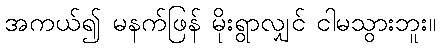
အကယ်၍ မနက်ဖြန် မိုးရွာလျှင် ငါမသွားဘူး။